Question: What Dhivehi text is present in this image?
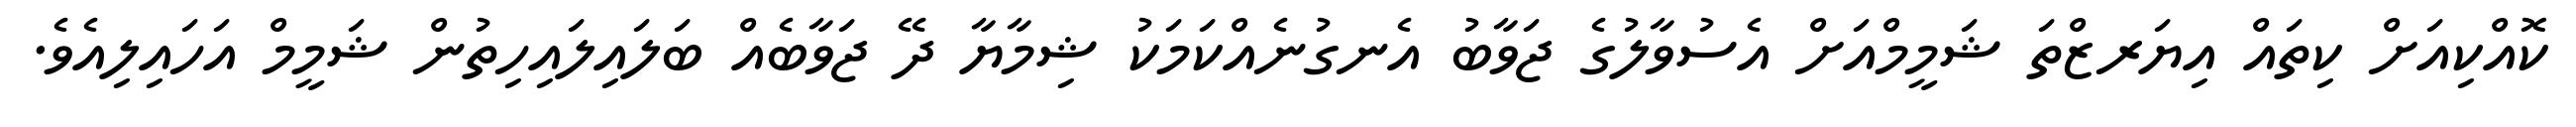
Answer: ކޮއްކިއަށް ކިތައް އިޔަރޒްތަ ޝަމީމްއަށް އެސުވާލުގެ ޖަވާބު އެނގުނެއްކަމަކު ޝިމާޔާ ދޭ ޖަވާބެއް ބަލައިލައިހިތުން ޝަމީމް އަހައިލިއެވެ.